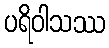
ပရိဝါသဿ